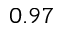
0 . 9 7